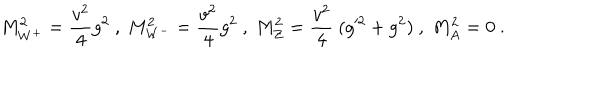
M _ { W ^ { + } } ^ { 2 } = { \frac { v ^ { 2 } } { 4 } } g ^ { 2 } ~ , ~ M _ { W ^ { - } } ^ { 2 } = { \frac { v ^ { 2 } } { 4 } } g ^ { 2 } ~ , ~ M _ { Z } ^ { 2 } = { \frac { v ^ { 2 } } { 4 } } ~ ( g ^ { \prime 2 } + g ^ { 2 } ) ~ , ~ M _ { A } ^ { 2 } = 0 \ .